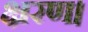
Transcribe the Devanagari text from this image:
क्षरण।